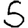
Digit: 5